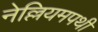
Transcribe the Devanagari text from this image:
नेल्लियमपथी